Civil Veterinary Dept. Bombay admin report 1900-1906 - 1900-1906
Year: 1900
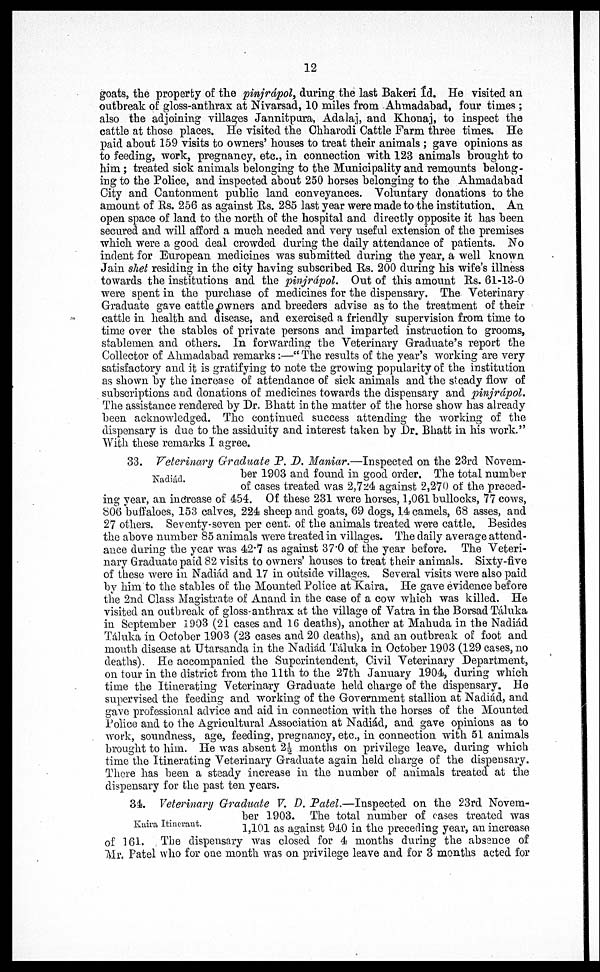
12
goats, the property of the pinjrápol, during the last Bakeri Id. He visited an
outbreak of gloss-anthrax at Nivarsad, 10 miles from Ahmadabad, four times;
also the adjoining villages Jannitpura, Adalaj, and Khonaj, to inspect the
cattle at those places. He visited the Chharodi Cattle Farm three times. He
paid about 159 visits to owners' houses to treat their animals; gave opinions as
to feeding, work, pregnancy, etc., in connection with 123 animals brought to
him; treated sick animals belonging to the Municipality and remounts belong-
ing to the Police, and inspected about 250 horses belonging to the Ahmadabad
City and Cantonment public land conveyances. Voluntary donations to the
amount of Rs. 256 as against Rs. 285 last year were made to the institution. An
open space of land to the north of the hospital and directly opposite it has been
secured and will afford a much needed and very useful extension of the premises
which were a good deal crowded during the daily attendance of patients. No
indent for European medicines was submitted during the year, a well known
Jain shet residing in the city having subscribed Rs. 200 during his wife's illness
towards the institutions and the pinjrápol. Out of this amount Rs. 61-18-0
were spent in the purchase of medicines for the dispensary. The Veterinary
Graduate gave cattle owners and breeders advise as to the treatment of their
cattle in health and disease, and exercised a friendly supervision from time to
time over the stables of private persons and imparted instruction to grooms,
stablemen and others. In forwarding the Veterinary Graduate's report the
Collector of Ahmadabad remarks:—"The results of the year's working are very
satisfactory and it is gratifying to note the growing popularity of: the institution
as shown by the increase of attendance of sick animals and the steady flow of
subscriptions and donations of medicines towards the dispensary and pinjrápol.
The assistance rendered by Dr. Bhatt in the matter of the horse show has already
been acknowledged. The continued success attending the working of the
dispensary is due to the assiduity and interest taken by Dr. Bhatt in his work."
With these remarks I agree.
Nadiád.
33. Veterinary Graduate P. D. Maniar.—Inspected on the 23rd Novem-
ber 1903 and found in good order. The total number
of cases treated was 2,724 against 2,270 of the preced-
ing year, an increase of 454. Of these 231 were horses, 1,061 bullocks, 77 cows,
806 buffaloes, 153 calves, 224 sheep and goats, 69 dogs, 14 camels, 68 asses, and
27 others. Seventy-seven per cent. of the animals treated were cattle. Besides
the above number 85 animals were treated in villages. The daily average attend-
ance during the year was 42.7 as against 37.0 of the year before. The Veteri-
nary Graduate paid 82 visits to owners' houses to treat their animals. Sixty-five
of these were in Nadiád and 17 in outside villages. Several visits were also paid
by him to the stables of the Mounted Police at Kaira. He gave evidence before
the 2nd Class Magistrate of Anand in the case of a cow which was killed. He
visited an outbreak of gloss-anthrax at the village of Vatra in the Borsad Táluka
in September 1903 (21 cases and 16 deaths), another at Mahuda in the Nadiád
Táluka in October 1903 (23 cases and 20 deaths), and an outbreak of foot and
mouth disease at Utarsanda in the Nadiád Táluka in October 1903 (129 cases, no
deaths). He accompanied the Superintendent, Civil Veterinary Department,
on tour in the district from the 11th to the 27th January 1904, during which
time the Itinerating Veterinary Graduate held charge of the dispensary. He
supervised the feeding and working of the Government stallion at Nadiád, and
gave professional advice and aid in connection with the horses of the Mounted
Police and to the Agricultural Association at Nadiád, and gave opinions as to
work, soundness, age, feeding, pregnancy, etc., in connection with 51 animals
brought to him. He was absent 2½ months on privilege leave, during which
time the Itinerating Veterinary Graduate again held charge of the dispensary.
There has been a steady increase in the number of animals treated at the
dispensary for the past ten years.
Kaira Itinerant.
34. Veterinary Graduate V. D. Patel.—Inspected on the 23rd Novem-
ber 1903. The total number of cases treated was
1,101 as against 940 in the preceding year, an increase
of 161. The dispensary was closed for 4 months during the absence of
Mr, Patel who for one month was on privilege leave and for 3 months acted for